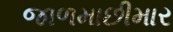
જાળમાછીમાર